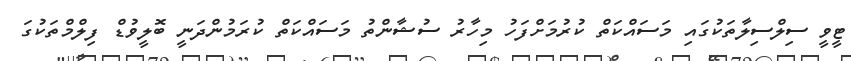
ޓީވީ ސިލްސިލާތަކުގައި މަސައްކަތް ކުރުމަށްފަހު މިހާރު ސުޝާންތު މަސައްކަތް ކުރަމުންދަނީ ބޮލީވުޑް ފިލްމްތަކުގަ